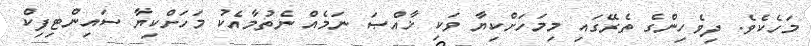
މަހެކެވެ. ދިވެހިންގެ ތެރޭގައި މިމަހަށްކިޔާ ވަކި ޚާއްޞަ ނަމެއް ނެތުމާއެކު މަހަށްކިޔާ ސައިންޓިފިކް